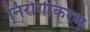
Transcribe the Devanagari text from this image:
निरोगीकरण